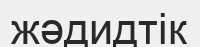
жәдидтік